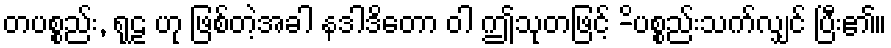
တပစ္စည်း, ရုဠ ဟု ဖြစ်တဲ့အခါ နဒါဒိတော ဝါ ဤသုတဖြင့် -ိပစ္စည်းသက်လျှင် ပြီး၏။